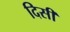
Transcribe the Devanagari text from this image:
दिसी